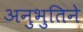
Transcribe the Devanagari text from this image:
अनुभुतिने